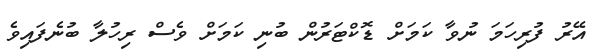
އޭރު ފުރިހަމަ ނުވާ ކަމަށް ޑޮކްޓަރުން ބުނި ކަމަށް ވެސް ރިހުލާ ބުނެފައިވެ